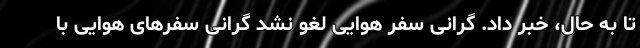
تا به حال، خبر داد. گرانی سفر هوایی لغو نشد گرانی سفرهای هوایی با